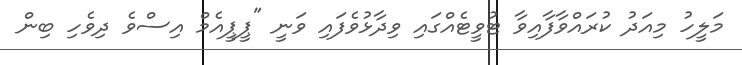
މަލީހު މިއަދު ކުރައްވާފާއިވާ ޓުވީޓެއްގައި ވިދާޅުވެފައި ވަނީ "ޕީޕީއެމް އިސްވެ ދިވެހި ބިން